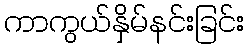
ကာကွယ်နှိမ်နင်းခြင်း